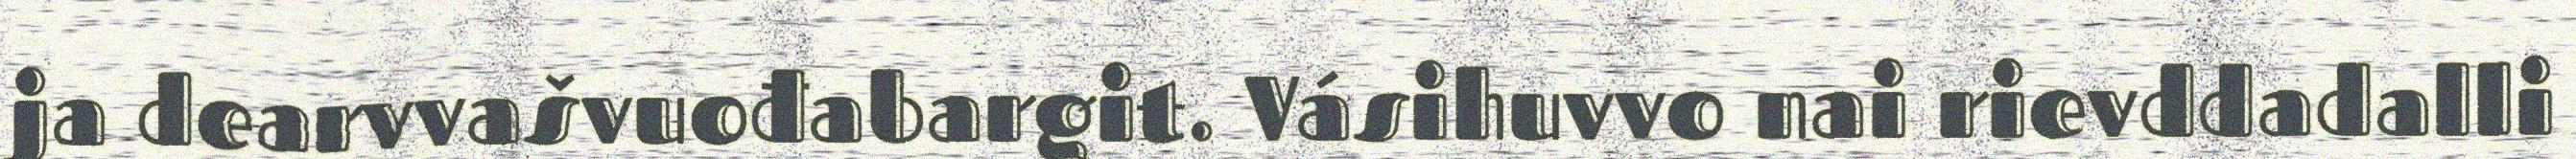
ja dearvvašvuođabargit. Vásihuvvo nai rievddadalli